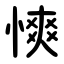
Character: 慡